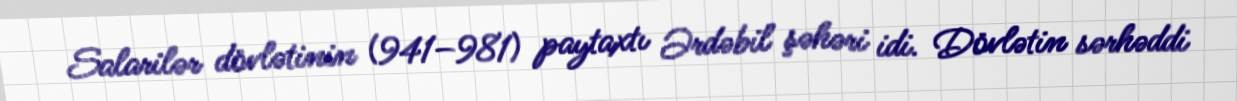
Salarilər dövlətinin (941–981) paytaxtı Ərdəbil şəhəri idi. Dövlətin sərhəddi